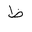
Letter: _za